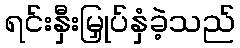
ရင်းနှီးမြှုပ်နှံခဲ့သည်